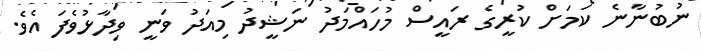
ނުބުނާނެ ކަމަށް ކުރީގެ ރައީސް މުހައްމަދު ނަޝީދު މިއަދު ވަނީ ވިދާޅުވެފަ އެވެ.